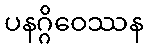
ပနဂ္ဂိဝေဿန